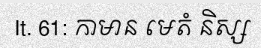
It. 61: កាមាន មេតំ និស្ស